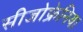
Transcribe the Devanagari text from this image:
सीजोफ्रेनिया